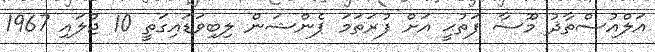
އަލްއުސްތާޛު މޫސާ ފަތުޙީ އަށް ފުރަތަމަ ޕެންޝަން ލިބިވަޑައިގަތީ 10 ޖުލައި 1967